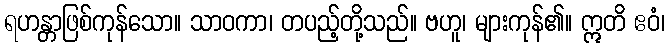
ရဟန္တာဖြစ်ကုန်သော။ သာဝကာ၊ တပည့်တို့သည်။ ဗဟူ၊ များကုန်၏။ ဣတိ ဧဝံ၊